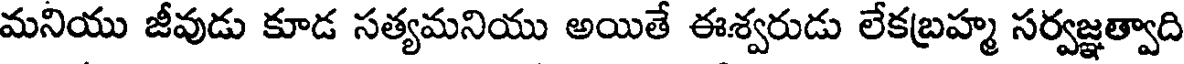
మనియు జీవుడు కూడ సత్యమనియు అయితే ఈశ్వరుడు లేకబ్రహ్మ సర్వజ్ఞత్వాది